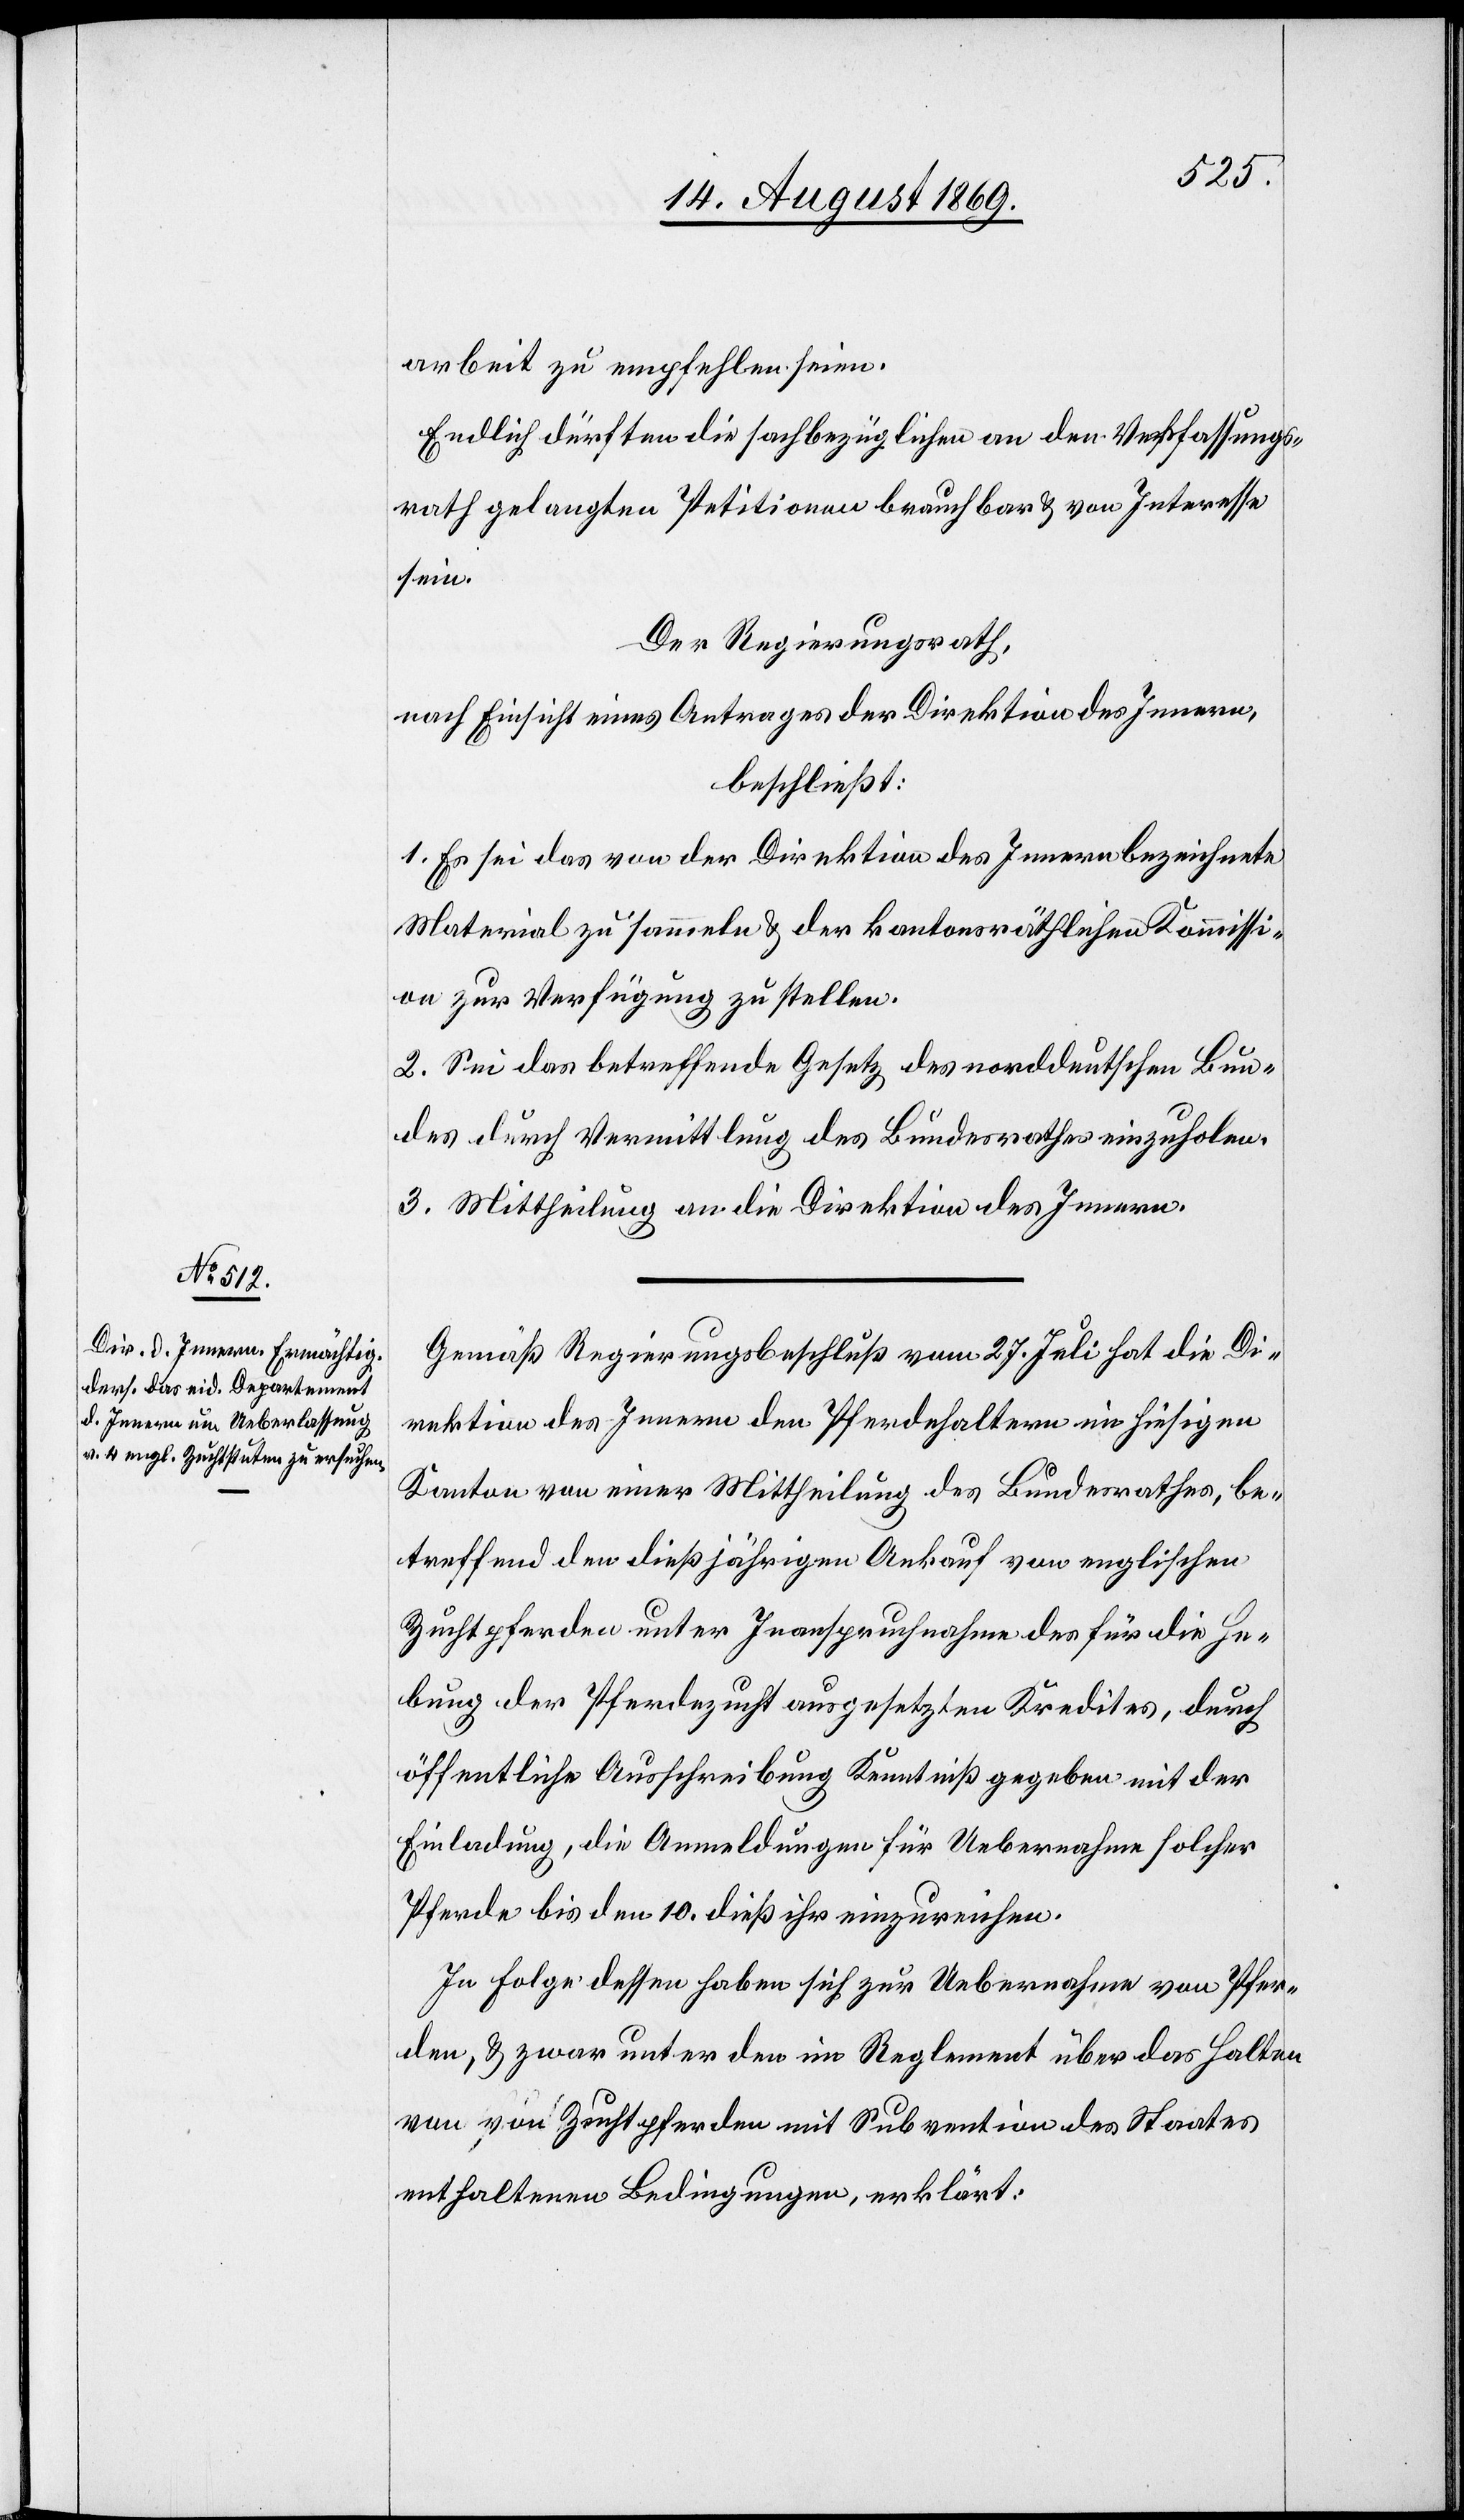
arbeit zu empfehlen seien
Endlich dürften die sachbezüglichen an den Verfassungs¬
rath gelangten Petitionen brauchbar & von Interesse
sein.
Der Regierungsrath,
nach Einsicht eines Antrages der Direktion des Innern,
beschließt:
1. Es sei das von der Direktion des Innern bezeichnete
Material zu sammeln & der kantonsräthlichen Kommissi¬
on zur Verfügung zu stellen.
2. Sei das betreffende Gesetz des norddeutschen Bun¬
des durch Vermittlung des Bundesrathes einzuholen.
3. Mittheilung an die Direktion des Innern.
Gemäß Regierungsbeschluß vom 27. Juli hat die Di¬
rektion des Innern den Pferdehaltern im hiesigen
Kanton von einer Mittheilung des Bundesrathes, be¬
treffend den dießjährigen Ankauf von englischen
Zuchtpferden unter Inanspruchnahme des für die He¬
bung der Pferdezucht ausgesetzten Kredites, durch
öffentliche Ausschreibung Kenntniß gegeben mit der
Einladung, die Anmeldungen für Uebernahme solcher
Pferde bis den 10. dieß ihr einzureichen.
In Folge dessen haben sich zur Uebernahme von Pfer¬
den, & zwar unter den im Reglement über das Halten
von [sic!] Zuchtpferden mit Subvention des Staates
enthaltenen Bedingungen, erklärt: